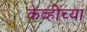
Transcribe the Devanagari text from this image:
केव्हीच्या